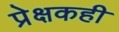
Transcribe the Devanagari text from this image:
प्रेक्षकही